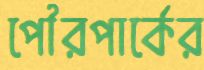
পৌরপার্কের